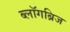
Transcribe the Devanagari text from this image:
ब्लॉगब्रिज